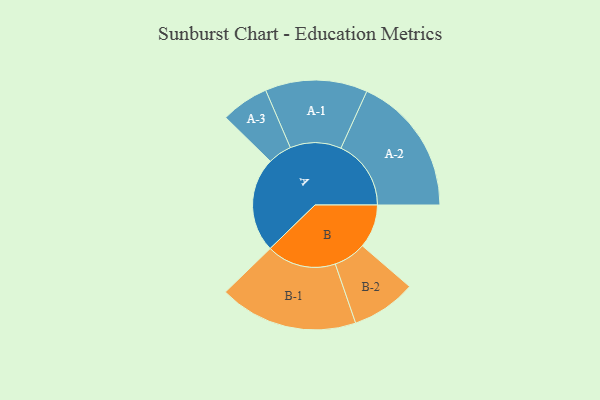
{"axis": {"x": "Segment", "y": "Value"}, "legend": ["", "A", "B"], "data": [{"x": "A", "y": 404, "type": ""}, {"x": "B", "y": 186, "type": ""}, {"x": "A-1", "y": 218, "type": "A"}, {"x": "A-2", "y": 299, "type": "A"}, {"x": "A-3", "y": 102, "type": "A"}, {"x": "B-1", "y": 296, "type": "B"}, {"x": "B-2", "y": 138, "type": "B"}]}